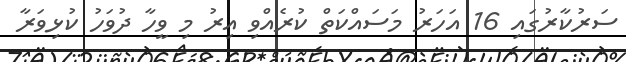
ސަރުކާރުގައި 16 އަހަރު މަސައްކަތް ކުރެއްވި އިރު މި ވީހާ ދުވަހު ކުޅިވަރާ